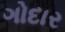
ગોદાર